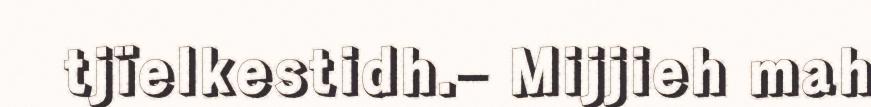
tjïelkestidh.– Mijjieh mah